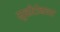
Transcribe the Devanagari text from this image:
मूव्हीटोनच्या